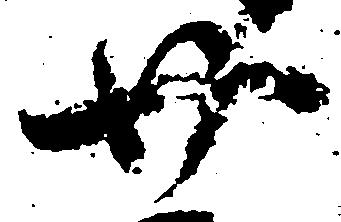
廿